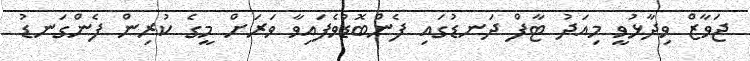
ޖަވާޒް ވިދާޅުވީ މިއަދު ޓާފް ދަނޑުގައި ފެންބޮޑުވެފައިވާ ވަރަށް މީގެ ކުރިން ފެންގަނޑު